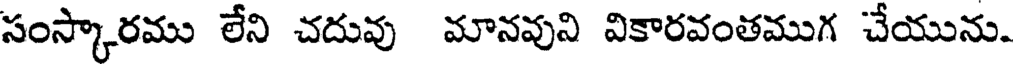
సంస్కారము లేని చదువు మానవుని వికారవంతముగ చేయును.